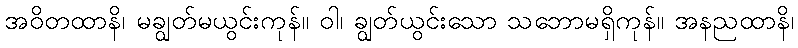
အဝိတထာနိ၊ မချွတ်မယွင်းကုန်။ ဝါ၊ ချွတ်ယွင်းသော သဘောမရှိကုန်။ အနညထာနိ၊